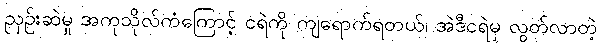
ညှဉ်းဆဲမှု အကုသိုလ်ကံကြောင့် ငရဲကို ကျရောက်ရတယ်၊ အဲဒီငရဲမှ လွတ်လာတဲ့